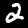
Label: 2